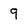
Character: 9